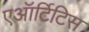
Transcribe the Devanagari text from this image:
एऑर्टिटिस